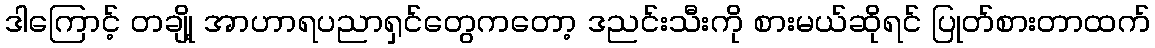
ဒါကြောင့် တချို့ အာဟာရပညာရှင်တွေကတော့ ဒညင်းသီးကို စားမယ်ဆိုရင် ပြုတ်စားတာထက်